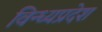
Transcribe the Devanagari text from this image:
विन्ध्यप्रदेश